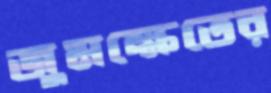
জুমক্ষেতের